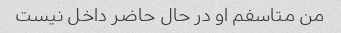
من متاسفم او در حال حاضر داخل نیست